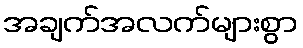
အချက်အလက်များစွာ